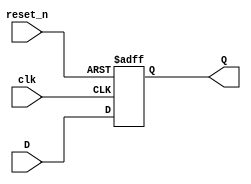
`timescale 1ns / 1ps
//////////////////////////////////////////////////////////////////////////////////
// Company: 
// Engineer: 
// 
// Design Name: 
// Module Name: PC
// Project Name: 
// Target Devices: 
// Tool Versions: 
// Description: 
// 
// Dependencies: 
// 
// Revision:
// Revision 0.01 - File Created
// Additional Comments:
// 
//////////////////////////////////////////////////////////////////////////////////


module PC(
input[31:0] D,
input clk,reset_n,
output[31:0] Q
    );
    
    
    reg [31:0]Q_reg,Q_next;
    
    //state reg
    always @(posedge clk,negedge reset_n)
    begin
    Q_reg<=Q_reg;
      if(!reset_n)
        Q_reg<=32'b0;
      else
        Q_reg<=Q_next;  
    end
    
    //next state logic
    
    
    always @(D)
    begin
      Q_next=D;
    end
    
    //output logic
    
    assign Q=Q_reg;
    
    
    
    
    
    
    
    
    
    
    
    
    
    
    
    
endmodule